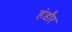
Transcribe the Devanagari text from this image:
हंडौर